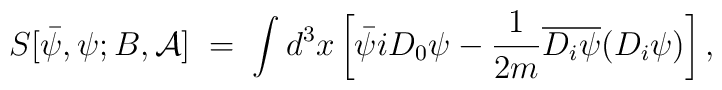
S[{\bar \psi},\psi;B, {\mathcal A}] \;=\; \int d^3x \left[ {\bar\psi} i  D_0 \psi - \frac{1}{2m} \overline{D_i \psi} (D_i \psi) \right],